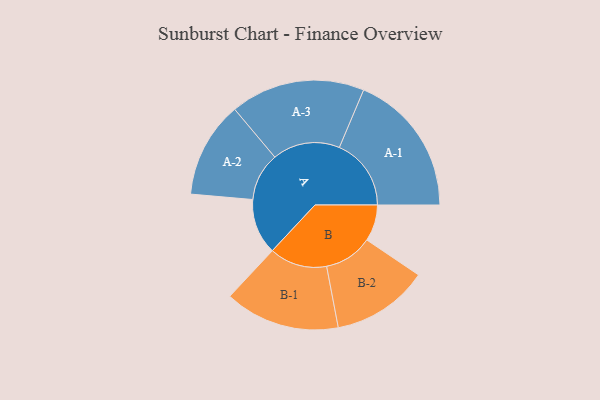
{"axis": {"x": "Segment", "y": "Value"}, "legend": ["", "A", "B"], "data": [{"x": "A", "y": 223, "type": ""}, {"x": "B", "y": 146, "type": ""}, {"x": "A-1", "y": 288, "type": "A"}, {"x": "A-2", "y": 193, "type": "A"}, {"x": "A-3", "y": 270, "type": "A"}, {"x": "B-1", "y": 231, "type": "B"}, {"x": "B-2", "y": 194, "type": "B"}]}